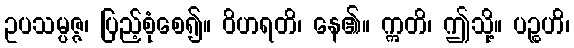
ဥပသမ္ပဇ္ဇ၊ ပြည့်စုံစေ၍။ ဝိဟရတိ၊ နေ၏။ ဣတိ၊ ဤသို့။ ပဉ္စဟိ၊